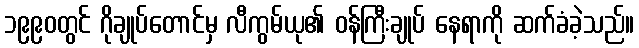
၁၉၉၀တွင် ဂိုချုပ်တောင်မှ လီကွမ်ယု၏ ဝန်ကြီးချုပ် နေရာကို ဆက်ခံခဲ့သည်။